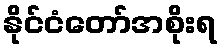
နိုင်ငံတော်အစိုးရ